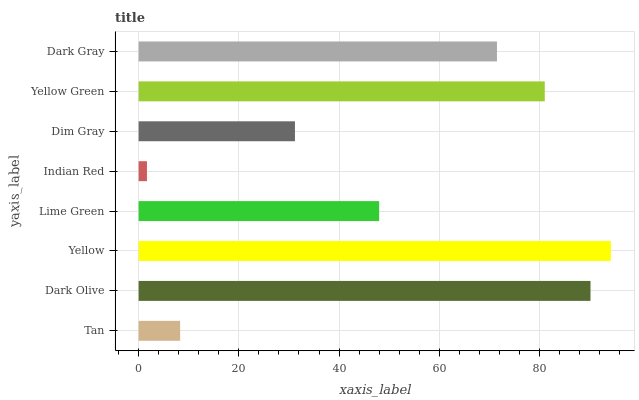
| yaxis_label | bars |
 | --- | --- |
 | Tan | 8.29 |
 | Dark Olive | 90.2 |
 | Yellow | 94.2 |
 | Lime Green | 48 |
 | Indian Red | 1.66 |
 | Dim Gray | 31.2 |
 | Yellow Green | 81 |
 | Dark Gray | 71.5 |